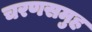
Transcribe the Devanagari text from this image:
चरणसमुह